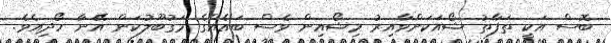
ބޮސް އަކީ ތަފާތު ޝޯއަކަށްވާއިރު މިޝޯއިން ވެސް ބައެއްގެ މަގުބޫލުކަން އޭނާ ހޯދިއެވެ.